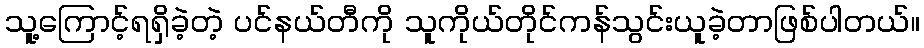
သူ့ကြောင့်ရရှိခဲ့တဲ့ ပင်နယ်တီကို သူကိုယ်တိုင်ကန်သွင်းယူခဲ့တာဖြစ်ပါတယ်။